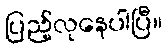
ပြည့်လုနေပါပြီ။